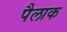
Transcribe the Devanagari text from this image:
पैलाक